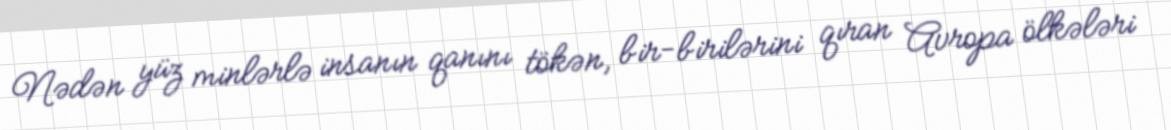
Nədən yüz minlərlə insanın qanını tökən, bir-birilərini qıran Avropa ölkələri